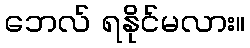
ဘေလ် ရနိုင်မလား။